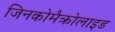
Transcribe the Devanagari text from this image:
जिनकोमैक्रोलाइड